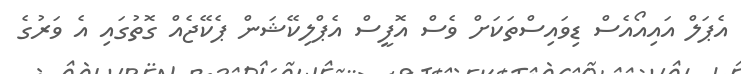
އެޕަލް އައިއޯއެސް ޑިވައިސްތަކަށް ވެސް އޮފީސް އެޕްލިކޭޝަން ޕެކޭޖެއް ގޮތުގައި އެ ވަރުގެ